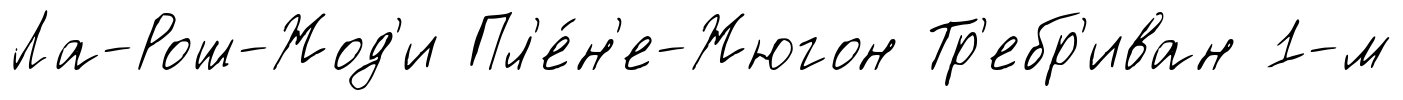
Ла-Рош-Жод'и Пл'е́н'е-Жюгон Тр'ебр'иван 1-м